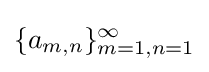
{\textstyle \{a_{m,n}\}_{m=1,n=1}^{\infty }}